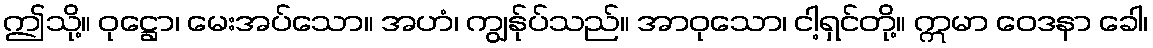
ဤသို့။ ဝုဋ္ဌော၊ မေးအပ်သော။ အဟံ၊ ကျွန်ုပ်သည်။ အာဝုသော၊ ငါ့ရှင်တို့။ ဣမာ ဝေဒနာ ခေါ၊